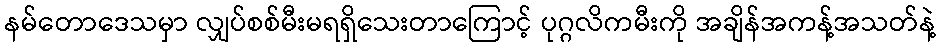
နမ်တောဒေသမှာ လျှပ်စစ်မီးမရရှိသေးတာကြောင့် ပုဂ္ဂလိကမီးကို အချိန်အကန့်အသတ်နဲ့